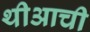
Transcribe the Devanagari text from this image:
थीआची